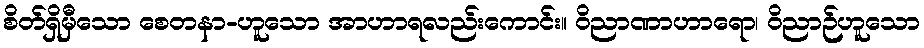
စိတ်ရှိမှီသော စေတနာ-ဟူသော အာဟာရလည်းကောင်း။ ဝိညာဏာဟာရော၊ ဝိညာဉ်ဟူသော